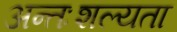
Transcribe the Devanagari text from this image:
अन्तःशल्यता